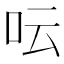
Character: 呍